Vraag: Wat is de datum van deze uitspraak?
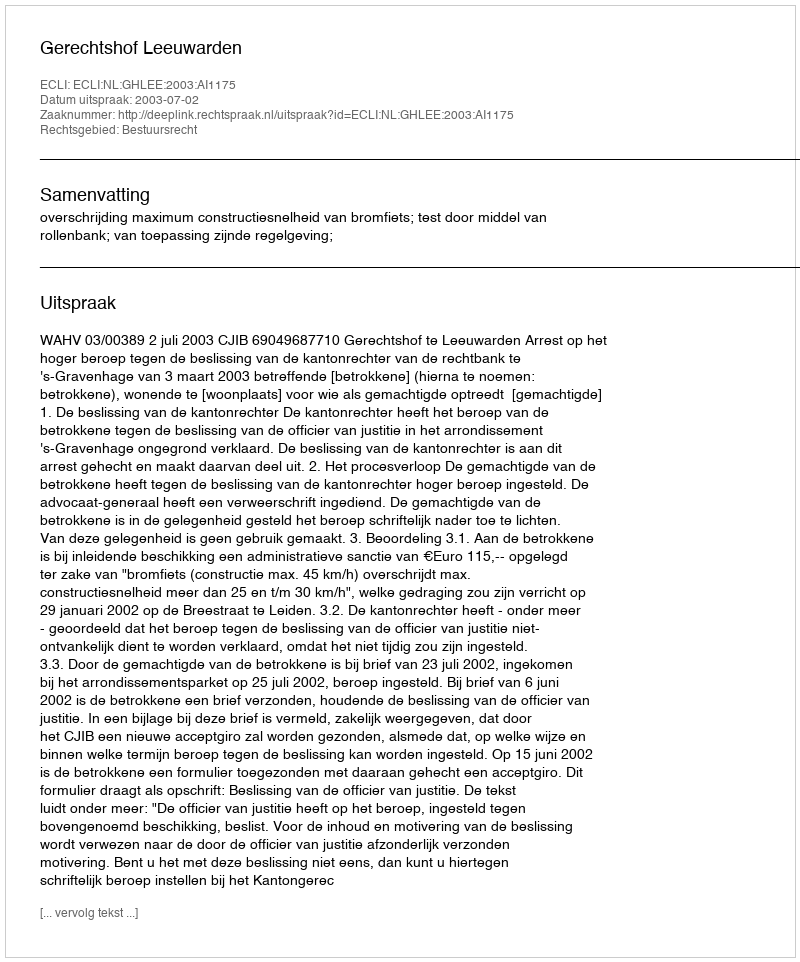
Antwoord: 2003-07-02